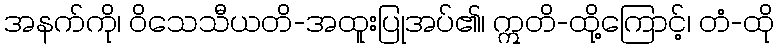
အနက်ကို၊ ဝိသေသီယတိ-အထူးပြုအပ်၏၊ ဣတိ-ထို့ကြောင့်၊ တံ-ထို